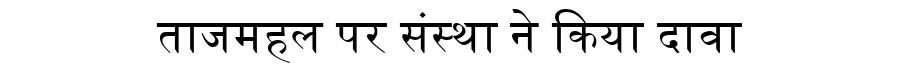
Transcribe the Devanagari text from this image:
ताजमहल पर संस्था ने किया दावा